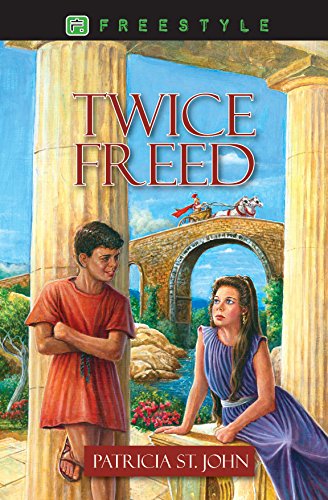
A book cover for Twice Freed (Freestyle Fiction 12+); Patricia St. John; Teen & Young Adult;